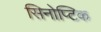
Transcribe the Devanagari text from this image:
सिनोप्टिक